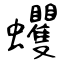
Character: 蠼